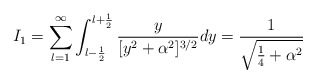
\begin{align*}I_1=\sum_{l=1}^\infty\int_{l-\frac{1}{2}}^{l+\frac{1}{2}} \frac{y}{[y^2+\alpha^2]^{3/2}} dy =\frac{1}{\sqrt{\frac{1}{4}+\alpha^2}}\end{align*}